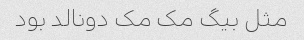
مثل بیگ مک مک دونالد بود